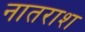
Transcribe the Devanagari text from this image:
नातराश